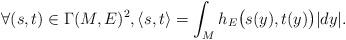
LaTeX: \begin{align*}\forall (s,t)\in \Gamma(M,E)^2, \langle s,t\rangle = \int_M h_E\big(s(y), t(y)\big) |dy|.\end{align*}